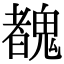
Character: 䰩